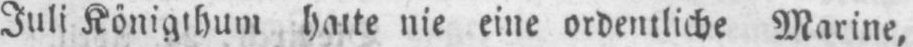
hatte nie eine ordentliche Marine,